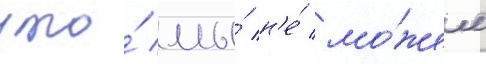
что́ мы́ н'е́ мо́жем